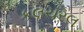
કલચરલ